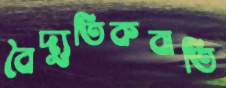
বৈদ্যুতিকবাতি